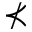
\nprec